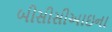
બીસીસીઆઇના